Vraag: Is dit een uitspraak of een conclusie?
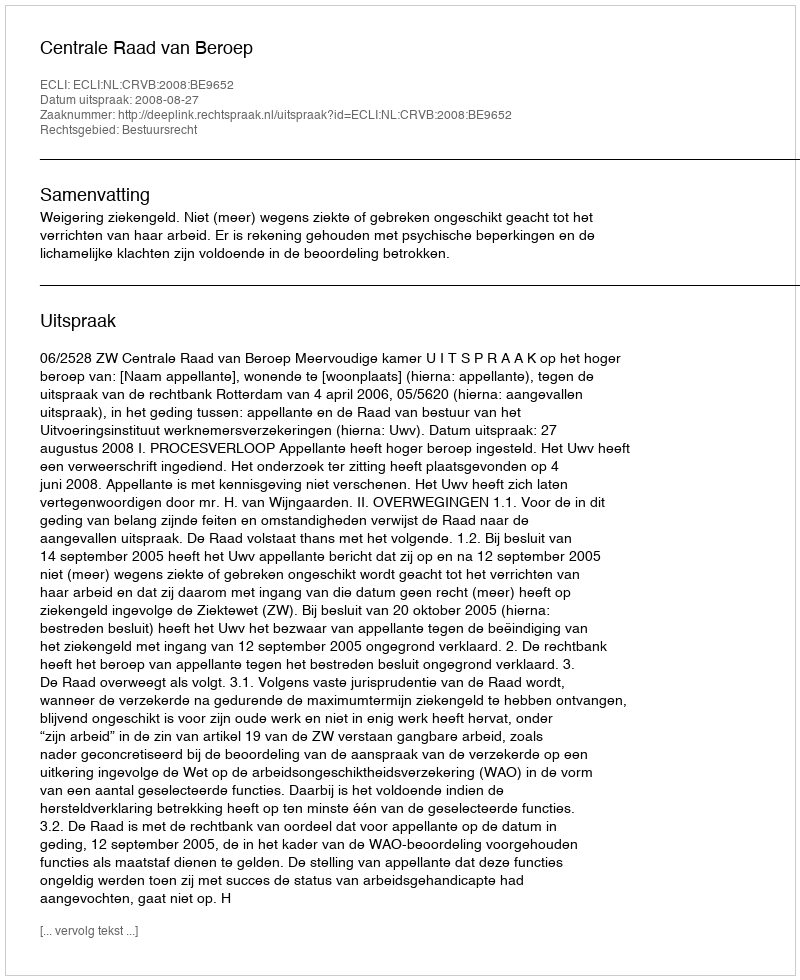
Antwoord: Uitspraak